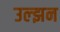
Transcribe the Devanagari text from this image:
उल्झन